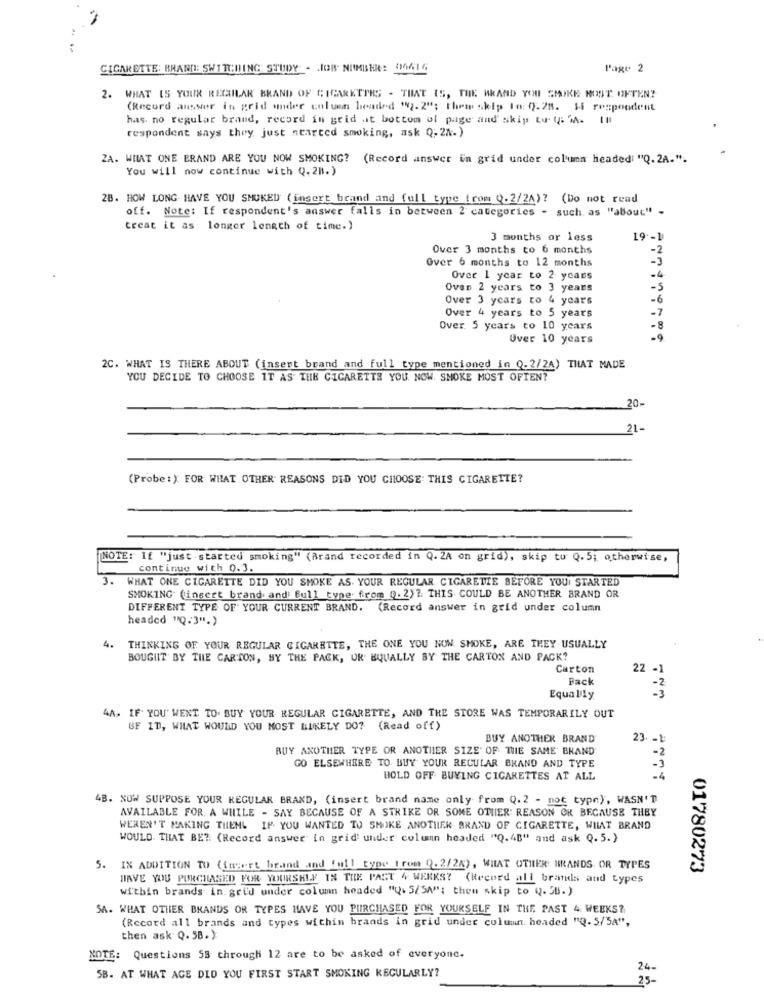
CIGARETTE: BRANN: SWITCHING STUDY - JOB NUMBER: 0614
l'age 2
2.
WHAT IS YOUR REGILAR BRAND OF CIGARETTES - THAT IS, THE WRAND YOU SMIKE MOST OFTEN?
(Record answer in grid ander column headed "2.2"; thew skip to: 0.25. Ii respondent
has no regular brand, record in grid at bottom of page and' skip to- ( MA. Il
respondent says they just nearted smoking, ask Q.28.)
2A. WHAT ONE BRAND ARE YOU NOW SMOKING? (Record answer En grid under column headedi "Q. 2A.".
You will now continue with Q.28.)
28. HOW LONG. HAVE YOU SMOKED (insert brand and full type (rom Q.2/2A)? (Do not read
off. Note: If respondent's answer falls in between 2 categories - such as "about" -
treat it as longer lenath of time.)
3 months or less
19-1
Over 3 months to 6 months
-2
Over 6 months to 12 months
-3
-4
Over 1 year to 2 years
Oves 2 years to 3 years
-5
Over 3 years to 4 years
-6
Over 4 years to 5 years
-7
Over. 5 years to 10 years
-8
Over 10 years
-9
2C. WHAT IS THERE ABOUT ( insert brand and full type mentioned in Q.2/24) THAT MADE
YOU DECIDE TO CHOOSE IT AS THE CIGARETTE YOU. NOW. SMOKE MOST OFTEN?
20-
21-
(Probe:): FOR WHAT OTHER REASONS DID YOU CHOOSE: THIS CIGARETTE?
NOTE: If "just started smoking" (Brand recorded in Q.2A on grid), skip to Q.5; otherwise,
continue with 0.3.
3.
WHAT ONE CIGARETTE DID YOU SMOKE AS. YOUR REGULAR CIGARETTE BEFORE YOUI STARTED
SMOKING (insert brand. andi Bull_type. from Q. 2) ?. THIS COULD BE ANOTHER BRAND OR
DIFFERENT TYPE OF YOUR CURRENT BRAND. (Record answer in grid under column
headed "Q.3".)
4.
THINKING OF YOUR REGULAR CIGARETTE, THE ONE YOU NOW SMOKE, ARE THEY USUALLY
BOUGHIT BY THE CARTON, BY THE PACK, UR EQUALLY BY THE CARTON AND PACK?
Carton
22 -
Pack
Equally
4A. IF YOU WENT TO BUY YOUR REGULAR CIGARETTE, AND THE STORE WAS TEMPORARILY OUT
GF ID, WHAT WOULD YOU MOST LIKELY DO? (Read off)
BUY ANOTHER BRAND
23. - 1
BUY ANOTHER TYPE OR ANOTHER SIZE OF THE SAME' BRAND
-2
GO ELSEWHERE TO BUY YOUR REGULAR BRAND AND TYPE
-3
HOLD OFF BUYING CIGARETTES AT ALL
4B. NOW SUPPOSE YOUR REGULAR BRAND, (insert brand name only from Q.2 - not type), WASN'T
AVAILABLE FOR. A WHILE - SAY BECAUSE OF A STRIKE OR SOME OTHER: REASON OK BECAUSE THEY
WEREN'T MAKING THENL IF YOU WANTED TO SMOKE ANOTHER BRAND OF CIGARETTE, WHAT BRAND
WOULD. THAT BE ?: (Record answer in grid' under column headed "Q.4B" and ask Q.5.)
IN ADDITION TO (ingert brand and full _type trom Q.2/24), WHAT OTHER BRANDS OR TYPES
01780273
HAVE YOU PURCHASED FOR YOURSELF IN THE PAST 4 WERKS? (Record all brands and types
within brands in. grid under column headed "(. 5/5W"; them skip to (.58.)
SA. WHAT OTHER BRANDS OR TYPES HAVE YOU PURCHASED FOR YOURSELE IN THE PAST 4 WEEKS?
(Record all brands and types within brands in grid under column. headed "Q- 5/54",
then ask Q. 5B.)
NOTE: Questions 58 through 12 are to be asked of everyone.
24-
SB. AT WHAT AGE DID YOU FIRST START SMOKING REGULARLY?
25 -